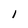
Character: I